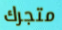
متجرك